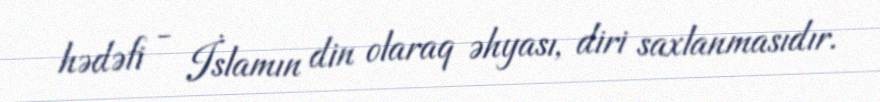
hədəfi - İslamın din olaraq əhyası, diri saxlanmasıdır.